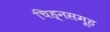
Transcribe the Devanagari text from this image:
चिह्नसमूह